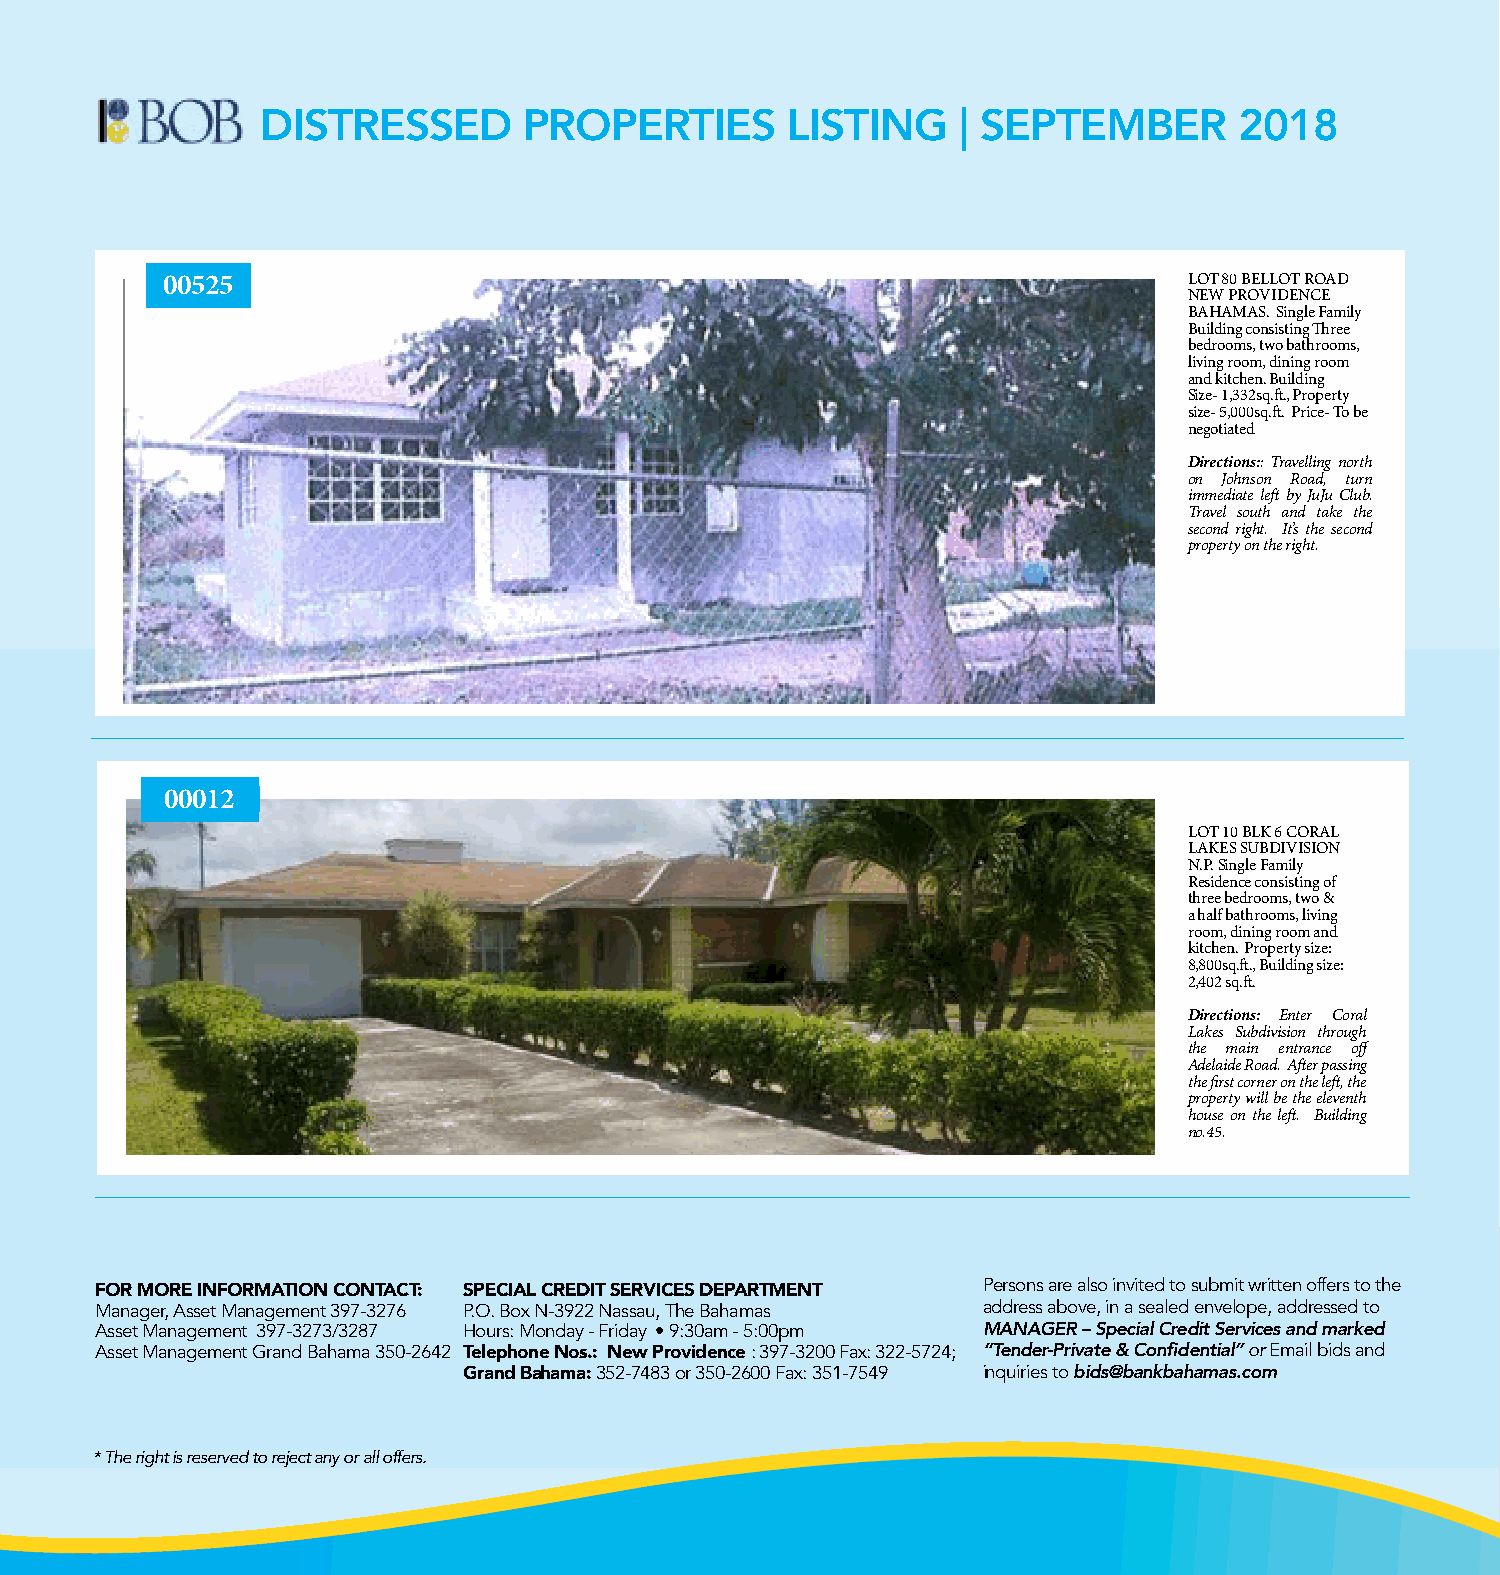
LISTING NO.00525
 DISTRESSED        PROPERTIES       LISTING    | SEPTEMBER        2018
 00525                                                               LoT 80 BeLLoT roAd
 New ProvideNce
 BAHAMAS. Single Family
 Building consisting Three
 bedrooms, two bathrooms,
 living room, dining room
 and kitchen. Building
 Size- 1,332sq.ft., Property
 size- 5,000sq.ft. Price- To be
 negotiated
 Directions:: Travelling north
 on Johnson Road, turn
 LISTING NO.00012
 immediate left by JuJu Club.
 Travel south and take the
 second right. It’s the second
 property on the right.
 00012
 LoT 10 BLK 6 corAL
 LAKeS SUBdiviSioN
 N.P. Single Family
 residence consisting of
 three bedrooms, two &
 a half bathrooms, living
 room, dining room and
 kitchen. Property size:
 8,800sq.ft., Building size:
 2,402 sq.ft.
 Directions: Enter Coral
 Lakes Subdivision through
 the main entrance off
 Adelaide Road. After passing
 the first corner on the left, the
 property will be the eleventh
 house on the left. Building
 no.45.
 Lot 80 Bellot Road New Providence Bahamas. Single Family Building consisting Three bedrooms, two bathrooms,
 living room, dining room and kitchen. Building Size- 1,332sq.ft., Property size- 5,000sq.ft. Price- To be negotiated
 For more inFormaTion conTacT: special crediT services deparTmenT
 persons are also invited to submit written offers to the
 Directions: Travemalnlaigner,g a ssneto mrantaghem oennt 3 9J7-o32h76nsopn.o . RBoox na-3d92,2 ntaussarun, t hiem Bahmamaes diate left bya dJduresJs uab oCve,l iun ab se.a leT d renavevlopeel, a dsdoresusetd hto and
 asset management 397-3273/3287 Hours: monday - Friday • 9:30am - 5:00pm MANAGER – Special Credit Services and marked
 take the seconadsse tr miganahgetm.e n tI Gtr’ansd Btahhaema 3s5e0-2c64o2n Ted lep p hor neo np ose .: r nt ewy po rovn id et nch e e: 3 97r-i32g0h0 Ftax.: 3 22-5724; “Tender-Private & Confidential” or email bids and
 Grand bahama: 352-74 83 or 350-2600 Fax: 351-7549 inquiries to bids@bankbahamas.com
 * The right is reserved to reject any or all offers.
 Lot 10 Blk 6 Coral Lakes Subdivision N.P. Single Family Residence consisting of three bedrooms, two & a half
 bathrooms, living room, dining room and kitchen. Propert y size: 8,800sq.ft., Building size: 2,402 sq.ft.
 Directions: Enter Coral Lakes Subdivision through the main entrance off Adelaide Road. After
 passing the first corner on the left, the property will be the eleventh house on the left.
 Building no.45.
 .